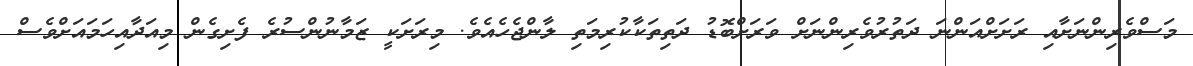
މަސްވެރިންނަށާއި ރަށަށްއަންނަ ދަތުރުވެރިންނަށް ވަރަށްބޮޑު ދަތިތަކާކުރިމަތި ލާންޖެހެއެވެ. މިރަށަކީ ޒަމާނުންސުރެ ފެށިގެން މިއަދާއިހަމައަށްވެސް